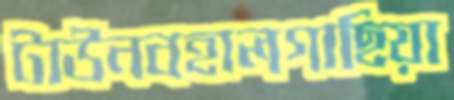
টাউনবহালগাছিয়া